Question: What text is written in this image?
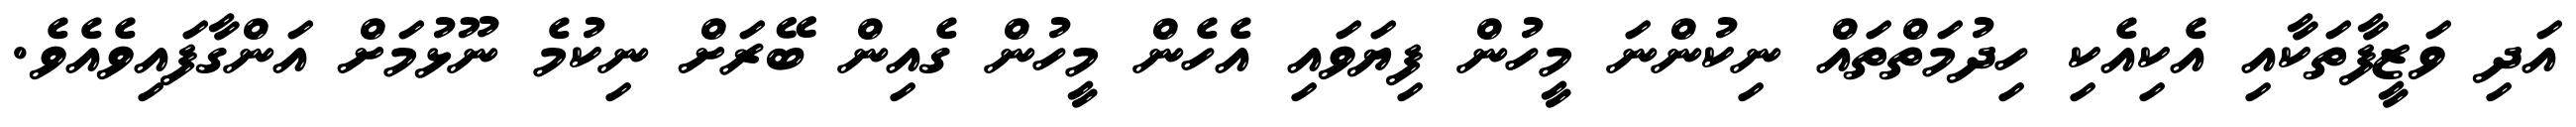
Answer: އަދި ވަޒީފާތަކާއި އެކިއެކި ހިދުމަތްތައް ނިކުންނަ މީހުން ފިޔަވައި އެހެން މީހުން ގެއިން ބޭރަށް ނިކުމެ ނޫޅުމަށް އަންގާފައިވެއެވެ.